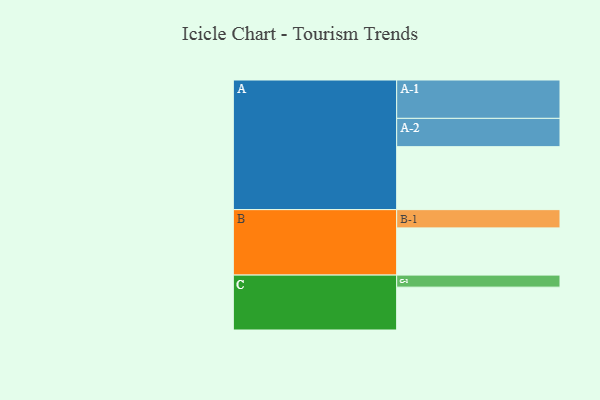
{"axis": {"x": "Segment", "y": "Value"}, "legend": ["", "A", "B", "C"], "data": [{"x": "A", "y": 476, "type": ""}, {"x": "B", "y": 357, "type": ""}, {"x": "C", "y": 324, "type": ""}, {"x": "A-1", "y": 290, "type": "A"}, {"x": "A-2", "y": 214, "type": "A"}, {"x": "B-1", "y": 138, "type": "B"}, {"x": "C-1", "y": 91, "type": "C"}]}